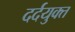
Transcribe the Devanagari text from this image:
दर्दयुक्त